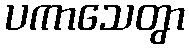
ပကာသေတွာ